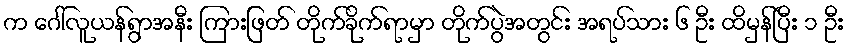
က ဂေါ်လူယန်ရွာအနီး ကြားဖြတ် တိုက်ခိုက်ရာမှာ တိုက်ပွဲအတွင်း အရပ်သား ၆ ဦး ထိမှန်ပြီး ၁ ဦး